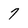
Character: 7